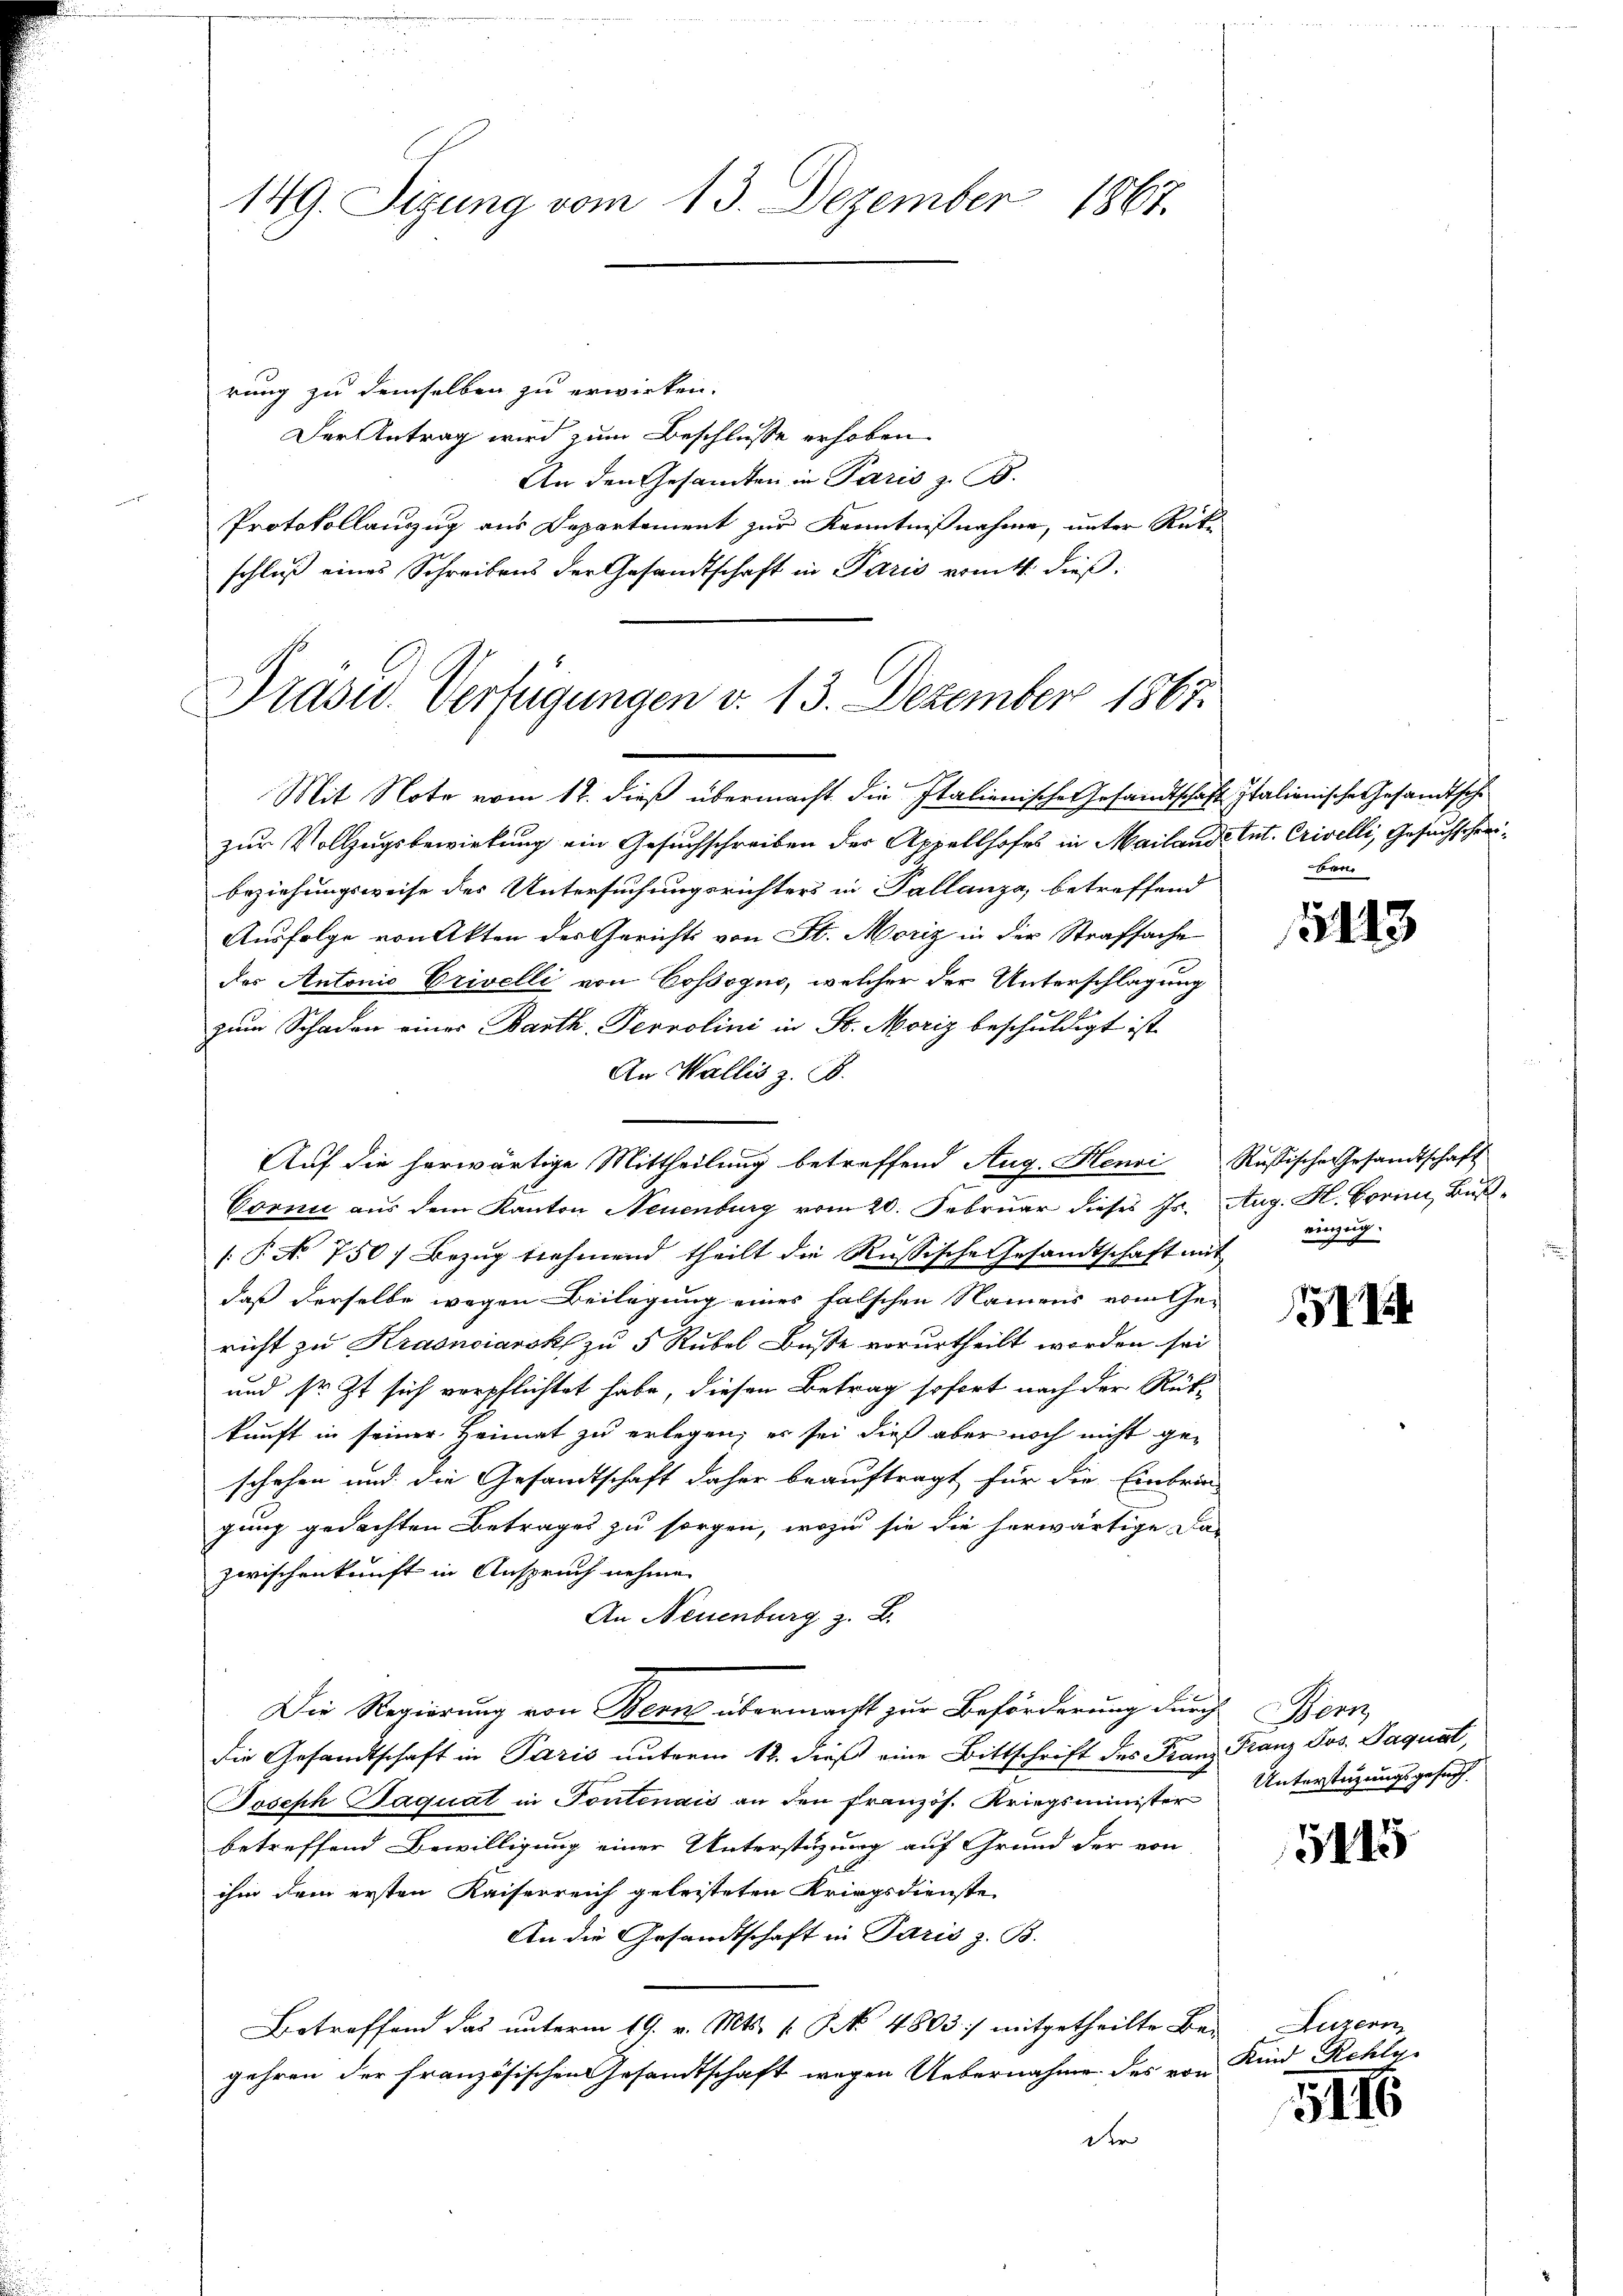
rung zu demselben zu erwirken.
Der Antrag wird zum Beschlusse erhoben.
An den Gesandten in Paris z. B.
Protokollauszug aus Departement zur Kenntnißnahme, unter Rück-
schluß eines Schreibens der Gesandtschaft in Paris vom 4. dieß.
Präsid. Verfügungen v. 13. Dezember 1867.

Mit Note vom 12. dieß übermacht die Italienisches Gesandtschaft Italienische Gesandtsche
zur Vollzugsbewirkung ein Gesuchschreiben der Appellhofes in Mailande Ant. Crivelli, Gesuchschrei¬
beziehungsweise des Untersuchungsrichters in Pallanza, betreffend
Ausfolge von Akten des Gerichts von St. Moriz in der Strafsache
das Antonio Erivelli von Cossogno, welcher der Unterschlagung
zum Schaden eines Barth-Terrolini in St. Moriz beschuldigt ist
An Wallis z. B.
Auf die herwärtige Mittheilung betreffend Aug. Henri Russische Gesandtschaft
Cornić aus dem Kanton Neuenburg vom 20. Februar dieses Js. Aug. K. Horin Buß¬
[§ No 750) Bezug nehmend theilt die Russische Gesandtschaft mit
daß derselbe wegen Beilagung eines falschen Namens vom Ge-
richt zu Krasnoiarski zu 5 Rubel Buße vorurtheilt worden sei
und sr. Zt sich verpflichtet habe, diesen Betrag sofort nach der Rükkunft in seiner Heimat zu erlegen; es sei dieß aber noch nicht geschehen und die Gesandtschaft daher beauftragt für die Einbrin-
gung gedachten Betrages zu sorgen, wozu sie die herwärtige Dar
zwischenkunft in Anspruch nehme
An Neuenburg z. B.
Die Regierung von Bern übermacht zur Beförderung durch Bern
die Gesandtschaft in Paris unterm 12. dieß eine Bittschrift des Franz Franz Jos. Paquat,
Joseph Jaquat in Fontenais an den französ. Kriegsminister Unterstützungsgesuch
betreffend Bewilligung einer Unterstüzung auf Grund der von
ihm dem ersten Kaiserreich geleisteten Kriegsdienste
An die Gesandtschaft in Paris z. B.
Betreffend das unterm 19. v. Mts. s. S. 4803:/ mitgetheilte Bei Luzern,
gehren der französischen Gesandtschaft wegen Uebernahme des von Kind Rehlyder

149. Sizung vom 13. Dezember 1867.

ben.

15143

einzug.

5115

5116